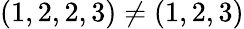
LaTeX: (1,2,2,3)\neq(1,2,3)